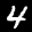
Label: 4